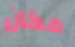
مكان